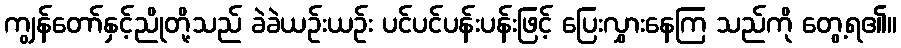
ကျွန်တော်နှင့်ညိုတို့သည် ခဲခဲယဉ်းယဉ်း ပင်ပင်ပန်းပန်းဖြင့် ပြေးလွှားနေကြ သည်ကို တွေ့ရ၏။